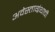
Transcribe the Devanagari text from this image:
अवेस्ताग्रंथाची